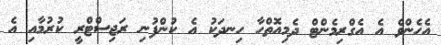
އެހެންވެ އެ އެގްރިމެންޓް ދެމިއޮތްހާ ހިނދަކު އެ ކުންފުނި ރަޖިސްޓްރީ ކުރުމާއި އެ